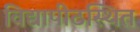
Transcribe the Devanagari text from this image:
विद्यापीठस्थित